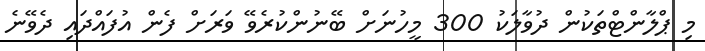
މި ޕްލާންޓްތަކުން ދުވާލަކު 300 މީހުނަށް ބޭނުންކުރެވޭ ވަރަށް ފެން އުފައްދައި ދެވޭނެ